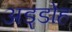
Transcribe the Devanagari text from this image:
अड्डोह